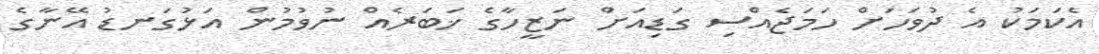
އެކަމަކު އެ ދުވަހަށް ހަމަޖެއްސި ގަޑިއަށް ނަޒީހާގެ ޚަބަރެއް ނުވުމުން އަޅުގަނޑު އޭނާގެ